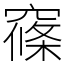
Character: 窱